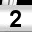
Digit: 2